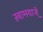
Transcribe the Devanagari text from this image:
ख़ामयाजे़